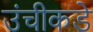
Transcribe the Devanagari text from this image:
उंचीकडे